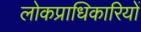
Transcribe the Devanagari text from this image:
लोकप्राधिकारियों